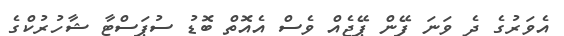
އެވަރުގެ ދެ ވަނަ ފޭން ޕޭޖެއް ވެސް އެއޮތް ބޮޑު ސުޕަސްޓާ ޝާހުރުކްގެ